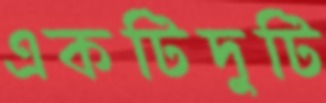
একটিদুটি